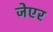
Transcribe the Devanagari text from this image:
जेएर